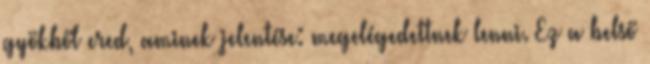
gyökből ered, aminek jelentése: megelégedettnek lenni. Ez a belső